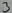
Text: 3